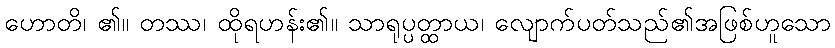
ဟောတိ၊ ၏။ တဿ၊ ထိုရဟန်း၏။ သာရုပ္ပတ္ထာယ၊ လျောက်ပတ်သည်၏အဖြစ်ဟူသော